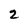
Character: 2